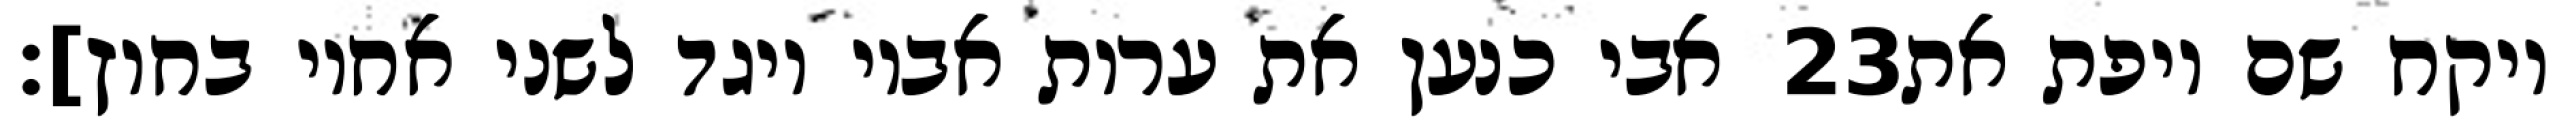
אבי כנען את ערות אביו ויגד לשני אחיו בחוץ]׃ ‎23‏ ויקח שם ויפת את